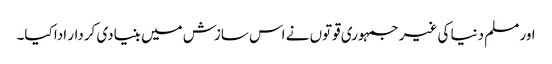
اور مسلم دنیا کی غیر جمہوری قوتوں نے اس سازش میں بنیادی کردار ادا کیا۔